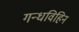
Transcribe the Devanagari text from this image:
गन्धविहिन